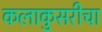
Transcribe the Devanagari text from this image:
कलाकुसरीचा